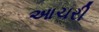
આચરી